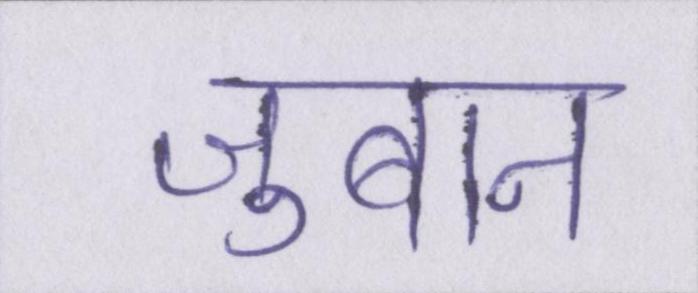
जुबान